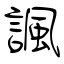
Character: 諷